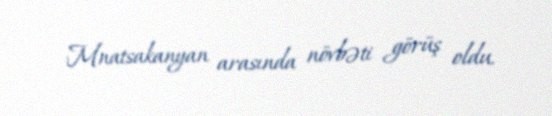
Mnatsakanyan arasında növbəti görüş oldu.